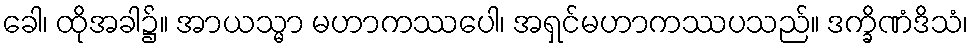
ခေါ၊ ထိုအခါ၌။ အာယသ္မာ မဟာကဿပေါ၊ အရှင်မဟာကဿပသည်။ ဒက္ခိဏံဒိသံ၊